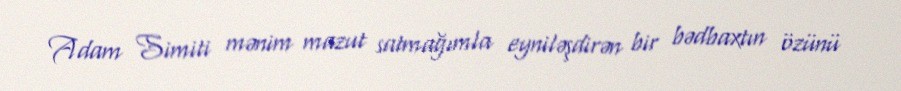
Adam Simiti mənim mazut satmağımla eyniləşdirən bir bədbaxtın özünü